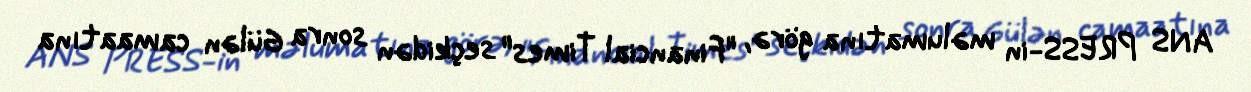
ANS PRESS-in məlumatına görə, "Financial Times" seçkidən sonra Gülən camaatına